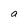
Character: a